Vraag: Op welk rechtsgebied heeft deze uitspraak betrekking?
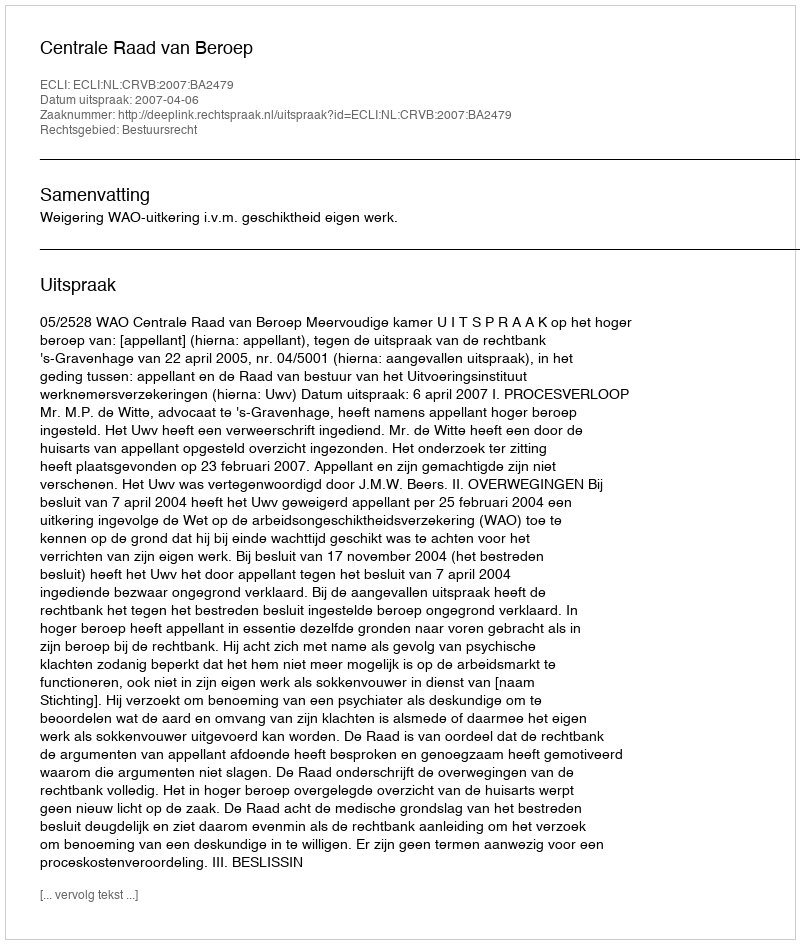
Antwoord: Bestuursrecht